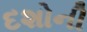
દશોની